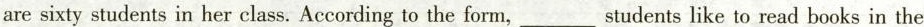
are sixty students in her class. According to the form,___students like to read books in the